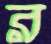
র